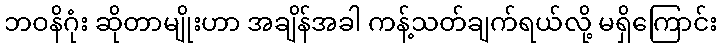
ဘဝနိဂုံး ဆိုတာမျိုးဟာ အချိန်အခါ ကန့်သတ်ချက်ရယ်လို့ မရှိကြောင်း